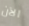
الآن